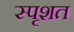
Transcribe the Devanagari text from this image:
स्पृशत